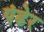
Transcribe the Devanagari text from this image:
पंढेर